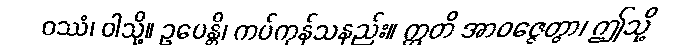
ဝဿံ၊ ဝါသို့။ ဥပေန္တိ၊ ကပ်ကုန်သနည်း။ ဣတိ အာဝဇ္ဇေတွာ၊ ဤသို့